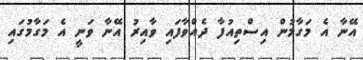
އޭނާ އެ މަގާމުން އިސްތިއުފާ ދެއްވާފައި ވާއިރު އޭނާ ވަނީ އެ މަގާމުގައި